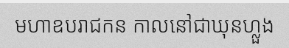
មហាឧបរាជកន កាលនៅជាឃុនហ្លួង